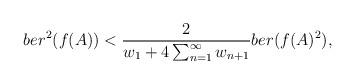
LaTeX: \begin{align*}ber^2(f(A))< \displaystyle \frac{2}{w_1+ 4 \sum_{n=1}^{\infty} w_{n+1}} ber(f(A)^2),\end{align*}